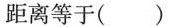
距离等于()